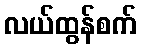
လယ်ထွန်စက်